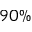
9 0 \%